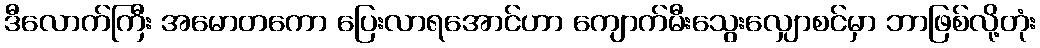
ဒီလောက်ကြီး အမောတကော ပြေးလာရအောင်ဟာ ကျောက်မီးသွေးလျှောစင်မှာ ဘာဖြစ်လို့တုံး